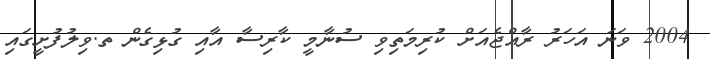
2004 ވަނަ އަހަރު ރާއްޖެއަށް ކުރިމަތިވި ސުނާމީ ކާރިސާ އާއި ގުޅިގެން ތ.ވިލުފުށީގައި